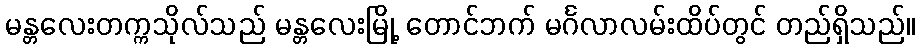
မန္တလေးတက္ကသိုလ်သည် မန္တလေးမြို့ တောင်ဘက် မင်္ဂလာလမ်းထိပ်တွင် တည်ရှိသည်။